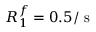
R _ { 1 } ^ { f } = 0 . 5 / \mathrm { ~ s ~ }